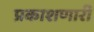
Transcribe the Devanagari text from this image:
प्रकाशणारी